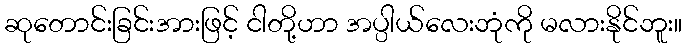
ဆုတောင်းခြင်းအားဖြင့် ငါတို့ဟာ အပ္ပါယ်လေးဘုံကို မလားနိုင်ဘူး။